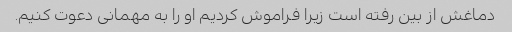
دماغش از بین رفته است زیرا فراموش کردیم او را به مهمانی دعوت کنیم.